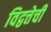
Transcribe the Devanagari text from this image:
विद्वत्तेची